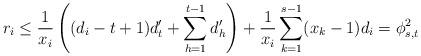
LaTeX: \begin{align*}r_{i} \leq \frac{1}{x_{i}} \left( (d_{i}-t+1)d'_{t}+\sum_{h=1}^{t-1}d'_{h} \right)+ \frac{1}{x_{i}}\sum_{k=1}^{s-1}(x_{k}-1)d_{i} = \phi^{2}_{s,t}\end{align*}